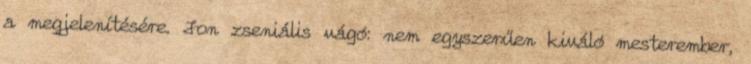
a megjelenítésére. Jon zseniális vágó: nem egyszerűen kiváló mesterember,